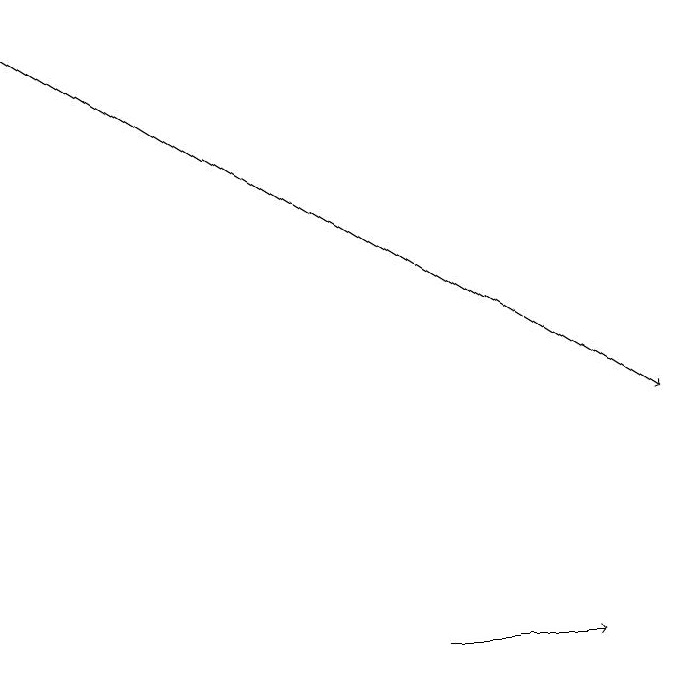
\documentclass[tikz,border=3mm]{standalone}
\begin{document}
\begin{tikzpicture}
\draw (5,15) rectangle (5,15);
\draw[->] (0,19) -- (8,14);
\draw[->] (5,11) -- (7,11);
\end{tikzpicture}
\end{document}